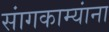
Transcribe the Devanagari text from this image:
सांगकाम्यांना